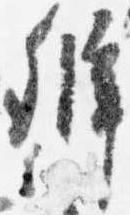
弁